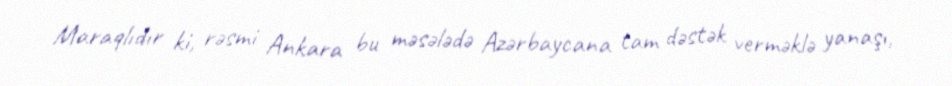
Maraqlıdır ki, rəsmi Ankara bu məsələdə Azərbaycana tam dəstək verməklə yanaşı,